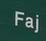
faj